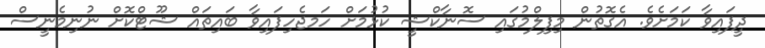
ދީފައިވާ ކަމަށެވެ. އެގޮތުން މިފިލްމުގައި ސޮނާކްޝީ ކުޅުމަށް ހަމޖެހިިފައިވާ ބައިތައް ޝޫޓްކޮށް ނުނިމެނީސް